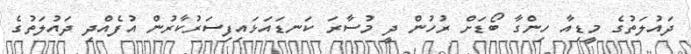
ދައުލަތުގެ މީޑިއާ ހިންގާ ބޯޑަށް ރުހުން ދީ މުސާރަ ކަނޑައަޅައިފިސަރުކާރުން އުފެއްދި ދައުލަތުގެ